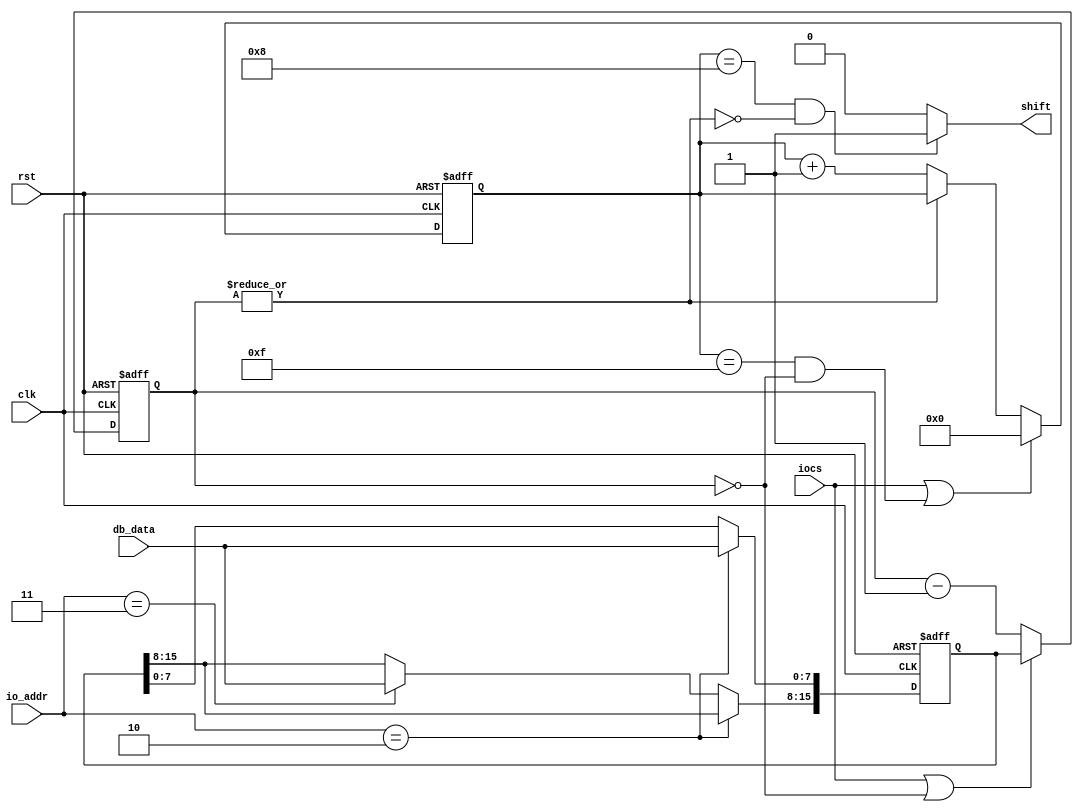
//////////////////////////////////////////////////////////////////////////////////
// Company: UW Madison - ECE 554
//
// Create Date:
// Design Name: 
// Module Name:    driver
// Project Name: spart
// Target Devices: Cyclone V
// Tool versions: Quartus Prime 
// Description: baud rate generator
//
// Dependencies:
//
// Revision:
// Revision 0.01 - File Created
// Additional Comments:
//
//////////////////////////////////////////////////////////////////////////////////

module baud_gen (clk ,rst, iocs, db_data, io_addr, shift);
	input clk, rst, iocs;
	input [7:0] db_data;
	input [1:0] io_addr;

	output shift;
	wire   enable;	

	// baud rate gen	
	reg [15:0] baud_cnt; 
	reg [15:0] load_val;
	reg [4:0]  enb_cnt;
	
	// sync. load db_high/low data
	always @ (posedge clk or negedge rst)
		if (~rst) begin
		   load_val <= 16'h028A;
		end
		
		else if (io_addr == 2'b10) begin
			load_val[15:8] <= load_val[15:8];
			load_val[7:0] <= db_data;
		end
		
		else if (io_addr == 2'b11) begin
			load_val[15:8] <= db_data;
			load_val[7:0] <= load_val[7:0];
		end
		
		else begin
			load_val <= load_val;		
		end		

	//baud counter
	always@(posedge clk or negedge rst)begin
		if (!rst) begin
			baud_cnt <= 16'hF;
		end
		
		else if(iocs || baud_cnt == 16'h0) begin
			baud_cnt <= load_val;			
		end
				
		else begin
			baud_cnt <= baud_cnt - 1'b1;			
		end
	end
	assign enable = ~(|baud_cnt); // zero decoder
	
	// counts enables from baud counter
	always @ (posedge clk or negedge rst) begin
		if (!rst) begin
			enb_cnt <= 4'h0;
		end	
				
		else if (iocs || (enb_cnt == 4'hF && baud_cnt == 16'h0)) begin
			enb_cnt <= 4'h0;			
		end
		
		else if (enable) begin
			enb_cnt <= enb_cnt + 1'b1;			
		end
		
		else begin
			enb_cnt <= enb_cnt;
		end
	end		
	assign shift = (enb_cnt == 8 && enable) ? 1'b1 : 1'b0; // samples data in the middle (8th enable)	
		
endmodule